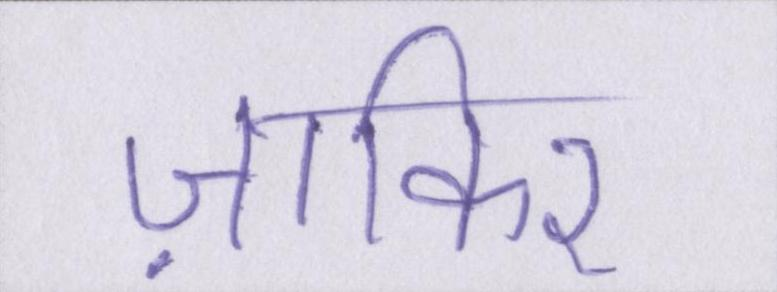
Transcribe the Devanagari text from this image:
ज़ाकिर